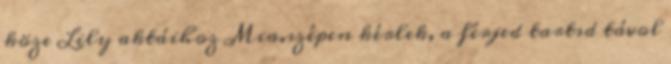
köze Lily aktáihoz Mia.szépen kérlek, a férjed tartsd távol